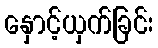
နှောင့်ယှက်ခြင်း